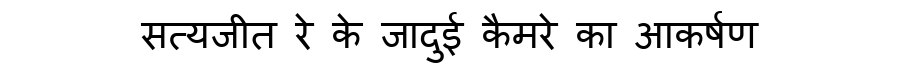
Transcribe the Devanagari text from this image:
सत्यजीत रे के जादुई कैमरे का आकर्षण